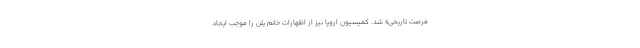
فرصت تاریخی» شد. کمیسیون اروپا نیز از اظهارات خانم یلن را موجب ایجاد